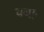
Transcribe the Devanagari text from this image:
यथाः